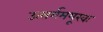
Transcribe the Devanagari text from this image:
उत्सर्गमयूखः